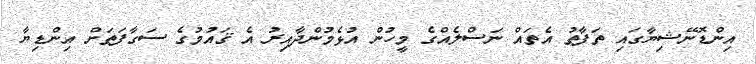
އިންޑޮނޭޝިޔާގައި ތަފާތު އެތައް ނަސްލެއްގެ މީހުން އުޅެމުންދާއިރު އެ ޤައުމުގެ ސަގާފަތަށް އިންޑިޔާ